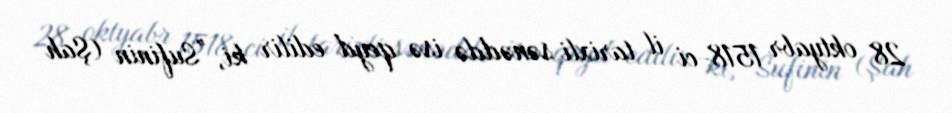
28 oktyabr 1518-ci il tarixli sənəddə isə qeyd edilir ki, "Sufinin (Şah